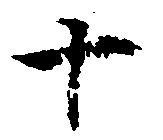
十